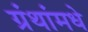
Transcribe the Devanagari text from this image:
ग्रंथांमधे